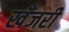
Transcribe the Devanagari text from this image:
खँजरी